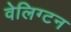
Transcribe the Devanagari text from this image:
वेलिग्टन